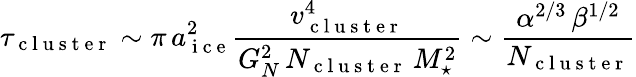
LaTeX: \tau_{\mathrm{~c~l~u~s~t~e~r~}}\sim\pi\, a_{\mathrm{~i~c~e~}}^{2}\frac{v_{\mathrm{~c~l~u~s~t~e~r~}}^{4}}{G_{N}^{2}\, N_{\mathrm{~c~l~u~s~t~e~r~}}\, M_{\star}^{2}}\sim\frac{\alpha^{2/3}\, \beta^{1/2}}{N_{\mathrm{~c~l~u~s~t~e~r~}}}